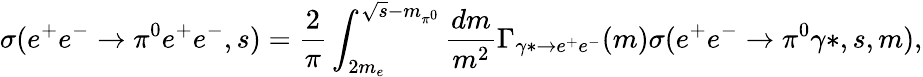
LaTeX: \sigma(e^{+}e^{-}\rightarrow\pi^{0}e^{+}e^{-},s)=\frac{2}{\pi}\int_{2m_{e}}^{\sqrt{s}-m_{\pi^{0}}}\frac{dm}{m^{2}}\Gamma_{\gamma*\to e^{+}e^{-}}(m)\sigma(e^{+}e^{-}\rightarrow\pi^{0}\gamma*,s,m),